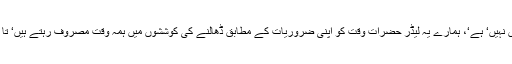
موجودہ زمانے میں اگر خلل نہیں‘ ہے‘ تو ہمارے سیاستدان لیڈروں کی مصروفیات میں نہیں‘ ہے‘، ہمارے یہ لیڈر حضرات وقت کو اپنی ضروریات کے مطابق ڈھالنے کی کوششوں میں ہمہ وقت مصروف رہتے ہیں‘ تا کہ ان کے سیاسی شب و روز یونہی چلتے رہیں‘ اور وہ سیاسی میدان میں زندہ رہیں‘ ۔